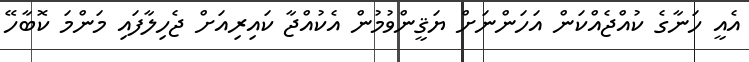
އެއީ ހަނާގެ ކުއްޖެއްކަން އަހަންނަށް ޔަޤީންވުމުން އެކުއްޖާ ކައިރިއަށް ޖެހިލާފައި މަންމަ ކޮބާހޭ